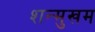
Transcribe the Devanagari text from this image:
शन्मुखम